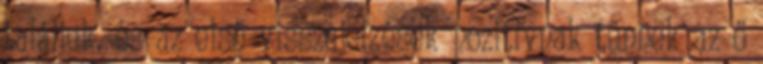
találjuk, és az első visszajelzések pozitívnak tűnnek az ő